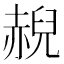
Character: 𲃇